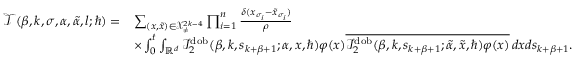
\begin{array} { r l } { \mathcal { T } ( \beta , k , \sigma , \alpha , \tilde { \alpha } , l ; \hbar ) = } & { \sum _ { ( \boldsymbol { x } , \boldsymbol { \tilde { x } } ) \in \mathcal { X } _ { \neq } ^ { 2 k - 4 } } \prod _ { i = 1 } ^ { n } \frac { \delta ( x _ { \sigma _ { i } } - \tilde { x } _ { \sigma _ { i } } ) } { \rho } } \\ & { \times \int _ { 0 } ^ { t } \int _ { \mathbb { R } ^ { d } } \mathcal { I } _ { 2 } ^ { \mathrm { d o b } } ( \beta , k , s _ { k + \beta + 1 } ; \alpha , \boldsymbol { x } , \hbar ) \varphi ( x ) \overline { { \mathcal { I } _ { 2 } ^ { \mathrm { d o b } } ( \beta , k , s _ { k + \beta + 1 } ; \tilde { \alpha } , \boldsymbol { \tilde { x } } , \hbar ) \varphi ( x ) } } \, d x d s _ { k + \beta + 1 } . } \end{array}